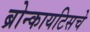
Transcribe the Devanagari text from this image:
ब्रोन्कायटिसचे